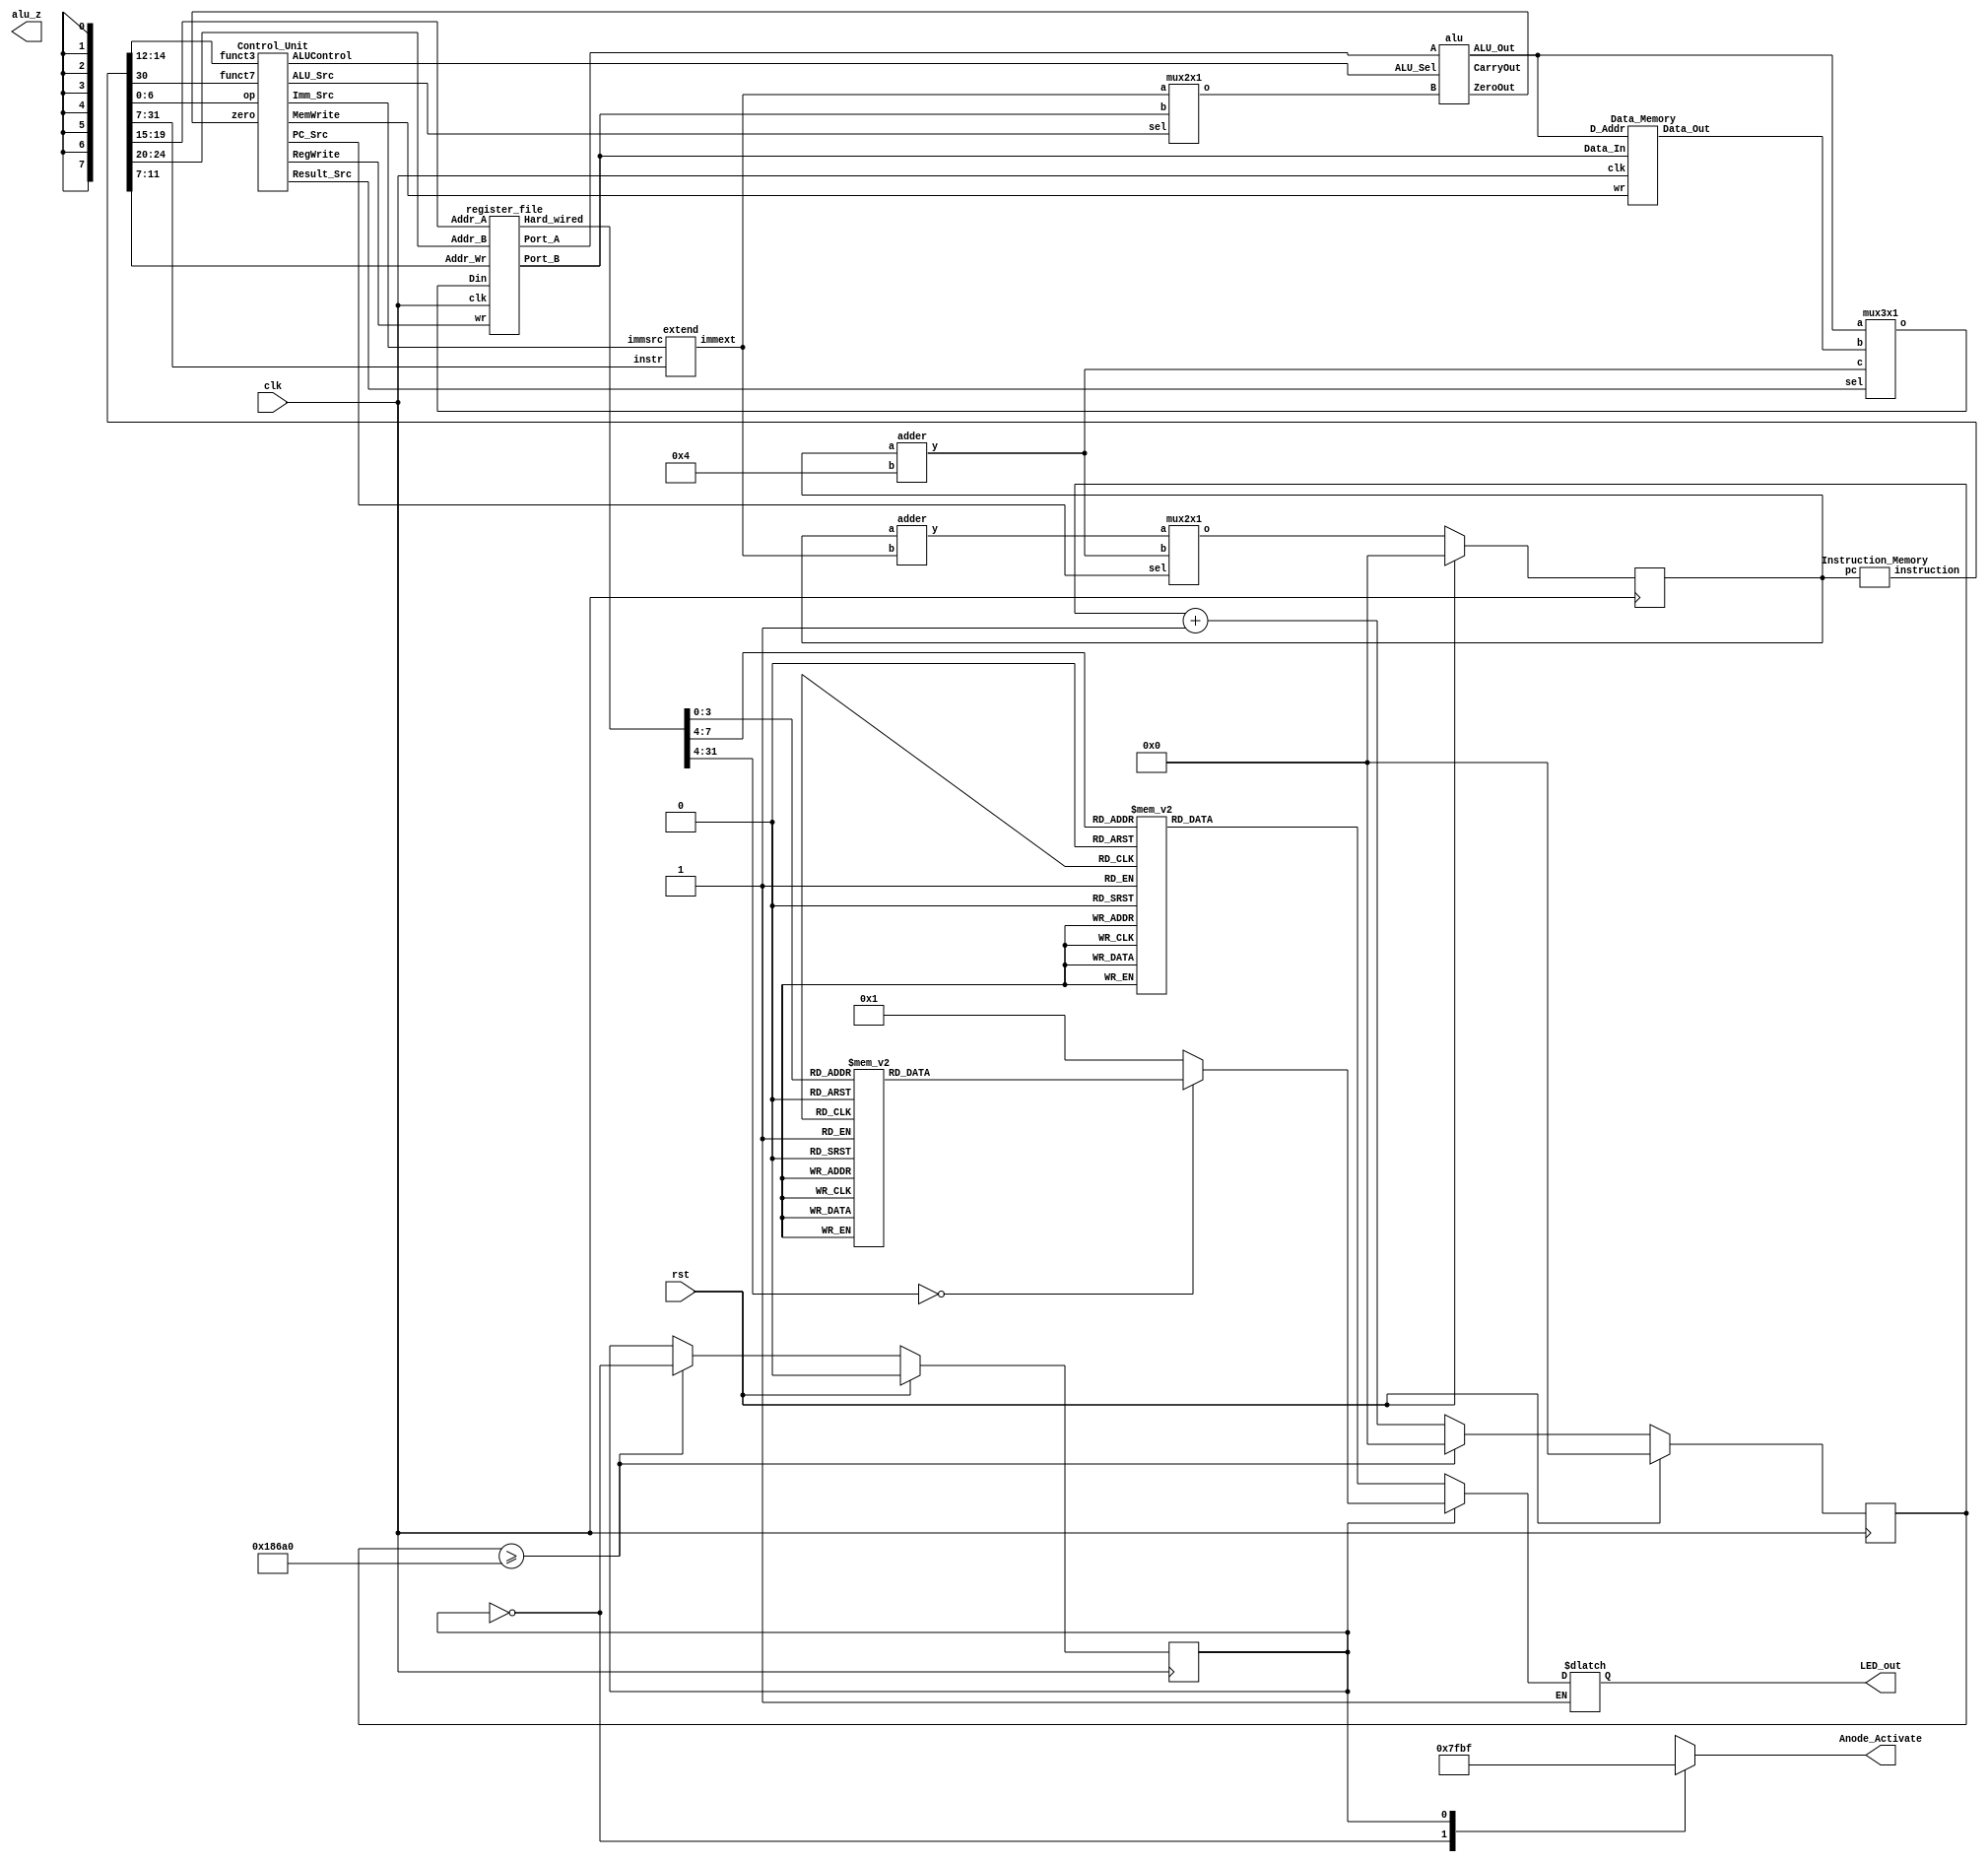
`timescale 1ns / 1ps
//////////////////////////////////////////////////////////////////////////////////
// Company: 
// Engineer: 
// 
// Design Name: 
// Module Name:    Basic RISC-V single cycle implementation on Verilog 
// Project Name: 
// Target Devices: 
// Tool versions: 
// Description: 
//
// Dependencies: 
//
// Revision: 
// Revision 0.01 - File Created
// Additional Comments: 
//
//////////////////////////////////////////////////////////////////////////////////
module main(rst, clk, alu_z, Anode_Activate, LED_out);
input rst, clk;						// 1 button to reset, clock signal as input
output alu_z;						// An LED turned ON if result is zero
output reg[7:0] Anode_Activate;		// Anodes to control 7-segments
output reg [6:0] LED_out;			// output result to be sent on 7-segments



	// ALL modules will be called in this file. Code will be executed and results will be shown on 7-segment display
// Code segment for BCD to 7-segment Decoder. Keep this code as it is
reg [31:0] counter ;		// A 32 bit flashing counter
reg toggle;			// A variable to toggle between two 7-segments 

always @(posedge clk)
    begin
            if (!rst)begin
            if(counter>=100000) begin //100000
                 counter <= 0;
				 toggle = ~toggle; end
            else begin
                counter <= counter + 1;
				end
			end
			else begin
			     toggle<=0;
			     counter<=0;
			     end
    end 
    // anode activating signals for 8 segments, digit period of 1ms
    // decoder to generate anode signals 
    always @(*)
    begin
        case(toggle)
        1'b0: begin
            Anode_Activate = 8'b01111111; 
            // activate SEGMENT1 and Deactivate all others
              end
        1'b1: begin
            Anode_Activate = 8'b10111111; 
            // activate LED2 and Deactivate all others    
               end
        endcase
    end
    // Cathode patterns of the 7-segment 1 LED display 
wire [31:0] result;

    always @(*)
    begin
	if (toggle) begin
        case(result)				// First 4 bits of Result from ALU will be displayed on 1st segment
        32'b0000: LED_out = 7'b0000001; // "0"     
        32'b0001: LED_out = 7'b1001111; // "1" 
        32'b0010: LED_out = 7'b0010010; // "2" 
        32'b0011: LED_out = 7'b0000110; // "3" 
        32'b0100: LED_out = 7'b1001100; // "4" 
        32'b0101: LED_out = 7'b0100100; // "5" 
        32'b0110: LED_out = 7'b0100000; // "6" 
        32'b0111: LED_out = 7'b0001111; // "7" 
        32'b1000: LED_out = 7'b0000000; // "8"     
        32'b1001: LED_out = 7'b0000100; // "9"
		32'b1010: LED_out = 7'b0001000; // "A"     
        32'b1011: LED_out = 7'b1100000; // "b"     
        32'b1100: LED_out = 7'b0110001; // "C"     
        32'b1101: LED_out = 7'b1000010; // "d"     
        32'b1110: LED_out = 7'b0110000; // "E"     
        32'b1111: LED_out = 7'b0111000; // "F"     
        
        default: LED_out = 7'b0000001; // "0"
        endcase
		end
    

	// Cathode patterns of the 7-segment 2 LED display
        if(!toggle) begin	
        case(result[7:4])			// Next 4 bits of Result from ALU will be displayed on 2nd segment
        4'b0000: LED_out = 7'b0000001; // "0"     
        4'b0001: LED_out = 7'b1001111; // "1" 
        4'b0010: LED_out = 7'b0010010; // "2" 
        4'b0011: LED_out = 7'b0000110; // "3" 
        4'b0100: LED_out = 7'b1001100; // "4" 
        4'b0101: LED_out = 7'b0100100; // "5" 
        4'b0110: LED_out = 7'b0100000; // "6" 
        4'b0111: LED_out = 7'b0001111; // "7" 
        4'b1000: LED_out = 7'b0000000; // "8"     
        4'b1001: LED_out = 7'b0000100; // "9"
		4'b1010: LED_out = 7'b0001000; // "A"     
        4'b1011: LED_out = 7'b1100000; // "b"     
        4'b1100: LED_out = 7'b0110001; // "C"     
        4'b1101: LED_out = 7'b1000010; // "d"     
        4'b1110: LED_out = 7'b0110000; // "E"     
        4'b1111: LED_out = 7'b0111000; // "F"     
        
        default: LED_out = 7'b0000001; // "0"
        endcase
    end
end

	// Keep writing your code (calling lower module) here!
	
	
	wire [31:0] pc_next ,pc_target,pc_plus4, instruction ;
    reg [31:0] pc;
	wire [31:0] RD1,RD2, SrcB, ALUResult;
    wire  ALU_Src, carry, MemWrite, Regwrite, PC_Src,zero;
    wire [1:0] Imm_Src, Result_Src;
    wire [31:0] ImmExt, ReadData, Result, instr;
    wire [3:0] ALUControl;
	
	initial  // initial pc
    pc = 32'h0; 
    
    always @ (posedge clk) begin // address Generator
        if(rst)
        pc = 32'h0;
        else
        pc <= pc_next;     
    end
    
    Instruction_Memory IM(.pc(pc),.instruction(instruction)); // fetching the instruction
    
    // Calling the Control Unit
    
    Control_Unit CU( .op(instruction[6:0]),.funct3(instruction[14:12]),.funct7(instruction[30]),.zero(zero),.PC_Src(PC_Src),.Result_Src(Result_Src),.MemWrite(MemWrite),.ALU_Src(ALU_Src),.RegWrite(Regwrite),.ALUControl(ALUControl),.Imm_Src(Imm_Src));        
     
     //Register File calling       
            
    register_file R_F(.Port_A(RD1),.Port_B(RD2),.Din(Result), .Addr_A(instruction[19:15]), .Addr_B(instruction[24:20]), .Addr_Wr(instruction[11:7]),.wr(Regwrite),.Hard_wired(result), .clk(clk)); // complete
            
         // immediate Extender
         
    extend Ext(.instr(instruction[31:7]),.immsrc(Imm_Src),.immext(ImmExt)); // complete
    
    // Mux 2 into 1 for 2nd operand Selector
            
    mux2x1 mux1(.a(ImmExt),.b(RD2),.sel(ALU_Src),.o(SrcB)); // complete ScrB
    
    //ALU calling
          
    alu ALU(.A(RD1),.B(SrcB),.ALU_Sel(ALUControl),.ALU_Out(ALUResult),.CarryOut(carry),.ZeroOut(zero));
    
    //Data Memory
  
            
    Data_Memory D_M(.Data_Out(ReadData),.Data_In(RD2),.D_Addr(ALUResult),.wr(MemWrite),.clk(clk) );
    
    //Two Pc's Adders
    
    adder add1(.a(pc),.b(32'd4),.y(pc_plus4));
    adder add2(.a(pc),.b(ImmExt),.y(pc_target)); 
    
    
    // MUX 3*1 for PC_Result
            
    mux3x1 result_mux(.a(ALUResult),.b(ReadData),.c(pc_plus4),.sel(Result_Src),.o(Result));
    
    //mux for PC_ Selector
    
    mux2x1 mux2(.a(pc_target),.b(pc_plus4),.sel(PC_Src),.o(pc_next));
    
     

endmodule




//datapath ( input pc,


// A module to generate the address of next instruction
// LOGIC: 	Add 1 in program counter if its a normal instruction
//			Add address of label in PC if its a branch instruction			
// other parameters can also be added based on Datapath and Controller Inputs/Outputs
//module adress_generator (output [31:0] pc, input PC_Src, input [31:0] immext,input rst,input clk);	

//	// Write your code here. This is not the part of Phase-I
//	wire [31:0] Pc_next ,Pc_target ; 
//	always @ (posedge clk) begin
//	if (rst) begin
//	   pc = 32'h00;
//	end
//	else begin
//	adder(.a(pc),.b(32'd4),.y(Pc_next));
//	adder(.a(pc),.b(immext),.y(Pc_target));
	
//     mux2x1(.a(Pc_target),.b(Pc_next),.sel(PC_Src),.o(pc));
//	end
//endmodule


// A module that will carry the all instructions. PC value will be provided to this module and it will return the instuction
// other parameters can also be added based on Datapath and Controller Inputs/Outputs
module Instruction_Memory (input [31:0] pc,output reg [31:0] instruction);
    
    always @ (*) begin
    case(pc)                //31                   
        32'h0000: instruction = 32'b00000000110000000000010000010011;//  a = 12
        32'h0004: instruction = 32'b00000000100100000000010010010011;//4 b = 9
      //32'h0000: instruction = 32'h01900413;
      //32'h0004: instruction = 32'h01400493; 
      //32'h0008: instruction = 32'h0x40940433;
    
    32'h0008: instruction = 32'h00940c63;//32'b00000000100101000000011001100011;//8
    32'h000c: instruction =  32'h00944663;//32'b00000000100101000000011001010101;   //12 
    32'h0010: instruction = 32'h40940433;//32'b00100000100101000000010000110011;//16
    32'h0014: instruction = 32'hff5ff06f;//32'b11111111010111111111000011101111;//20
    32'h0018: instruction = 32'h408484b3;//32'b00100000100001001000010010110011;//24
    32'h001c: instruction = 32'hfedff06f;//32'b11111111010111111111000011101111;//28
    32'h0020: instruction = 32'h0000006f;//32
    //32'h0024://36
    endcase
    end
	
endmodule


// This module is called Data_Memory. It will consists of 256 byte memory unit. It will have 
// one input as 8-bit address, 1 input flag wr that will decide if you want to read memory or write memory
module Data_Memory(output reg [31:0] Data_Out, input [31:0] Data_In, input [31:0] D_Addr, input wr, input clk );
		reg [31:0] Mem [255:0];			// Data Memory
  
	// Write your code here
	always @(*) begin
	Data_Out = Mem[D_Addr]; // Data Loading
	end
	always @(posedge clk) begin // Data Storing
	if (wr)
	Mem[D_Addr] = Data_In;
	end
endmodule



// This module is called Register_Memory. It will consists of 32 registers each of 32-bits. It will have 
// one input flag wr that will decide if you want to read any register or write or update any value in register
// This module will 2 addresses and provide the data in 2 different outputs
module register_file(Port_A, Port_B, Din, Addr_A, Addr_B, Addr_Wr, wr,Hard_wired, clk); 
			output reg [31:0] Port_A, Port_B;			// Data to be provided from register to execute the instruction // reg by me
			input [31:0] Din;						// Data to be loaded in the register
			input [4:0] Addr_A, Addr_B, Addr_Wr;	// Address (or number) of register to be written or to be read
			input wr, clk;	
			output reg [31:0] Hard_wired;						// input wr flag input // by me clk
			reg [31:0] Reg_File [31:0];				// Register file

	// Write your code here
	// read
	
	always @ (*) begin  // Data Reading
	Reg_File[0] = 32'd0;
	Port_A = Reg_File[Addr_A];
	Port_B = Reg_File[Addr_B];
	Hard_wired = Reg_File[8];
	end
	
	always @(posedge clk) begin // Data Writing
	if(wr)
	   Reg_File[Addr_Wr] = Din;
	end

	
endmodule


module Control_Unit(input [6:0] op,
                    input [2:0] funct3,
                    input funct7,
                    input zero,
                    output  PC_Src,
                    output reg MemWrite,
                    output reg ALU_Src,
                    output reg RegWrite,
                    output reg [3:0] ALUControl,
                    output reg [1:0] Imm_Src,
                    output reg [1:0] Result_Src);			
	// This is the part of Phase-II
	reg jump, branch;
	reg [1:0] ALUOP;
	always @(*)
	begin 
	 case (op)
	 7'b0000011: //lw
	       begin
	           RegWrite   = 1'b1;
	           Imm_Src    = 2'b00;
	           ALU_Src    = 1'b1;
	           MemWrite   = 1'b0;
	           Result_Src = 2'b01;
	           branch     = 1'b0;
	           ALUOP      = 2'b00;
	           jump       = 1'b0;
	           end
	           
      7'b0100011: //sw
              begin
              RegWrite   = 1'b0;
              Imm_Src    = 2'b01;
              ALU_Src    = 1'b1;
              MemWrite   = 1'b1;
              Result_Src = 2'bxx;
              branch     = 1'b0;
              ALUOP      = 2'b00;
              jump       = 1'b0;
               end  
      7'b0110011: //R-type
              begin
               RegWrite   = 1'b1;
               Imm_Src    = 2'bxx;
               ALU_Src    = 1'b0;
               MemWrite   = 1'b0;
               Result_Src = 2'b00;
               branch     = 1'b0;
               ALUOP      = 2'b10;
               jump       = 1'b0;
                        end
        7'b1100011: //beq
               begin
               RegWrite   = 1'b0;
               Imm_Src    = 2'b10;
               ALU_Src    = 1'b0;
               MemWrite   = 1'b0;
               Result_Src = 2'bxx;
               branch     = 1'b1;
               ALUOP      = 2'b01;
               jump       = 1'b0;
                              end
                              
                              
                              
   7'b1010101: //blt
             begin
               RegWrite   = 1'b0;
               Imm_Src    = 2'b10;
               ALU_Src    = 1'b0;
               MemWrite   = 1'b0;
               Result_Src = 2'bxx;
               branch     = 1'b1;
               ALUOP      = 2'b01;
               jump       = 1'b0;
               end                            
                              
                              
                              
                              
	     	 7'b0010011: //I-type ALU
                 begin
                 RegWrite   = 1'b1;
                 Imm_Src    = 2'b00;
                 ALU_Src    = 1'b1;
                 MemWrite   = 1'b0;
                 Result_Src = 2'b00;
                 branch     = 1'b0;
                 ALUOP      = 2'b10;
                 jump       = 1'b0;
                              end
 7'b1101111: //jal
                  begin
                  RegWrite   = 1'b1;
                  Imm_Src    = 2'b11;
                  ALU_Src    = 1'bx;
                 MemWrite   = 1'b0;
                  Result_Src = 2'b10;
                  branch     = 1'b0;
                  ALUOP      = 2'bxx;
                 jump       = 1'b1;
                 end
 default: //jal
                                  begin
              RegWrite   = 1'bx;
              Imm_Src    = 2'bxx;
              ALU_Src    = 1'bx;
               MemWrite   = 1'bx;
              Result_Src = 2'bxx;
                branch     = 1'bx;
               ALUOP      = 2'bxx;
             jump       = 1'bx;   
	           end
	 endcase
	 
	 case (ALUOP)
	 2'b00: ALUControl = 4'b0000;
	 
	 2'b01:
	   begin
	   case (funct3)
	   3'b000:  ALUControl = 4'b0001; // sybtract
	   3'b100:  ALUControl = 4'b1110; // less than
	   endcase
       end
	
	 2'b10: begin
	 //if ((funct3 == 3'b000 && (funct7 == 0)) begin
	   case ({funct3,funct7})
	         {3'b000,1'b0}:  ALUControl = 4'b0000;
	         {3'b000,1'b1}:  ALUControl = 4'b0001;
	         {3'b001,1'b0}:  ALUControl = 4'b0001;
	         {3'b001,1'b1}:  ALUControl = 4'b0001;
	         {3'b010,1'b0}:  ALUControl = 4'b0001;
	         {3'b010,1'b1}:  ALUControl = 4'b0001;
	         {3'b011,1'b0}:  ALUControl = 4'b0001;
	         {3'b011,1'b1}:  ALUControl = 4'b0001;
	         {3'b100,1'b1}:  ALUControl = 4'b0001;
	         {3'b101,1'b0}:  ALUControl = 4'b0001;
	         {3'b101,1'b1}:  ALUControl = 4'b0001;
	         {3'b110,1'b0}:  ALUControl = 4'b0001;
	         {3'b110,1'b1}:  ALUControl = 4'b0001;
	         {3'b111,1'b0}:  ALUControl = 4'b0001;
	         {3'b111,1'b1}:  ALUControl = 4'b0001;

	    endcase
	    end
	    default: ALUControl = 4'bxxxx;
	    endcase
	    end

	wire temp;
	and (temp, branch, zero);
	or (PC_Src, jump, temp);
endmodule






// General Module of two input (5 bit) multiplexer. This multiplexer will be connected with ALU control signals
//module mux(o,a,b, sel);
//    input [4:0] a,b;			// 5 bit inputs
//	input sel;					// selection signal
//    output reg [4:0] o;			// 5 bit output

//	// write your code here!
	
//endmodule

// A two by one 32 bit multiplexer (to select the branch instruction)
module mux2x1(output  [31:0]o,		// 32 bit output
					input[31:0]a,b,		// 32 bit inputs
					input sel			// Selection Signal
			);
			
	// Write your code here!
	assign o = sel ? a : b;
	
endmodule


module mux3x1(output [31:0]o,		// 32 bit output
					input[31:0]a,b,c,	// 32 bit inputs
					input [1:0] sel			// Selection Signal
			);
			
	// Write your code here!
	assign o = sel[1] ? c: (sel[0] ? b : a);
	
endmodule

module adder(input [31:0] a,b,output [31:0] y);
         assign y = a+b;    
endmodule 



// The final module ALU which will accept the signal (Function) from Control Unit
// and two operands (either from register file or from memory (data or address),
// will perform the desired operarion and proivde the output in Result and Zero flag.
//module ALU(Result, alu_z, Op_A, Op_B, Function);
//	output [31:0] Result;		// 32 bit Result
//	output alu_z;				// Zero flag (1 if result is zero)
//	input [31:0] Op_A, Op_B;	// Two operands based on the type of instruction
//	input [3:0] Func;			// Function to be performed as per instructed by Control Unit
	
//	// Write your code here
//endmodule


module alu(
           input [31:0] A,B,  // ALU 8-bit Inputs
           input [3:0] ALU_Sel,// ALU Selection
           output [31:0] ALU_Out, // ALU 8-bit Output
           output CarryOut, // Carry Out Flag
		   output ZeroOut	// Zero Flag
		   );
    reg [31:0] ALU_Result;
    wire [32:0] tmp;
    assign ALU_Out = ALU_Result; // ALU out
    assign tmp = {1'b0,A} + {1'b0,B};
    assign CarryOut = tmp[32]; // Carryout flag
	assign ZeroOut = (ALU_Result == 0); // Zero Flag
    always @(*)
    begin
        case(ALU_Sel)
        4'b0000: // Addition
           ALU_Result = A + B ;
        4'b0001: // Subtraction
           ALU_Result = A - B ;
        4'b0010: // Multiplication
           ALU_Result = A * B;
        4'b0011: // Division
           ALU_Result = A/B;
        4'b0100: // Logical shift left
           ALU_Result = A<<B;
         4'b0101: // Logical shift right
           ALU_Result = A>>B;
         4'b0110: // Rotate left
           ALU_Result = {A[30:0],A[31]};
         4'b0111: // Rotate right
           ALU_Result = {A[0],A[31:1]};
          4'b1000: //  Logical and
           ALU_Result = A & B;
          4'b1001: //  Logical or
           ALU_Result = A | B;
          4'b1010: //  Logical xor
           ALU_Result = A ^ B;
          4'b1011: //  Logical nor
           ALU_Result = ~(A | B);
          4'b1100: // Logical nand
           ALU_Result = ~(A & B);
          4'b1101: // Logical xnor
           ALU_Result = ~(A ^ B);
          4'b1110: // Less comparison
           ALU_Result = (A<B)?32'd0:32'd1 ;
          4'b1111: // Equal comparison
            ALU_Result = (A==B)?32'd1:32'd0 ;
          default: ALU_Result = A + B ;
        endcase
    end

endmodule


module extend(input  		[31:7] instr,
              input  		[1:0]  immsrc,
              output reg 	[31:0] immext);
    always @(*) 
    case(immsrc)
         // Itype
    2'b00:     immext = {{20{instr[31]}}, instr[31:20]};
		 // Stype (stores)
    2'b01:     immext = {{20{instr[31]}}, instr[31:25], instr[11:7]};
         // Btype (branches)
    2'b10:      immext = {{20{instr[31]}}, instr[7],  instr[30:25], instr[11:8], 1'b0};                          // Jtype (jal)
		// Jtype (branches)
	2'b11:      immext = {{12{instr[31]}}, instr[19:12],  instr[20], instr[30:21], 1'b0};
           
	default: 	immext = 32'bx; // undefined
    endcase
endmodule